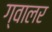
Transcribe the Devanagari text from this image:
ग्वालर